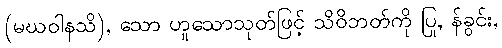
(မဃဝါနသိ), သော ဟူသောသုတ်ဖြင့် သိဝိဘတ်ကို ပြု, န်ခွင်း,